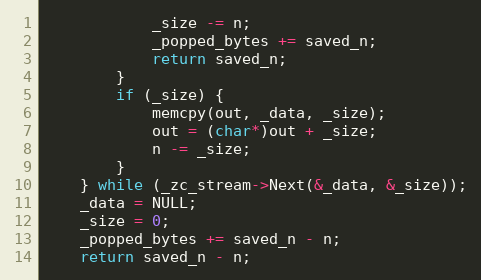
Language: C
            _size -= n;
            _popped_bytes += saved_n;
            return saved_n;
        }
        if (_size) {
            memcpy(out, _data, _size);
            out = (char*)out + _size;
            n -= _size;
        }
    } while (_zc_stream->Next(&_data, &_size));
    _data = NULL;
    _size = 0;
    _popped_bytes += saved_n - n;
    return saved_n - n;